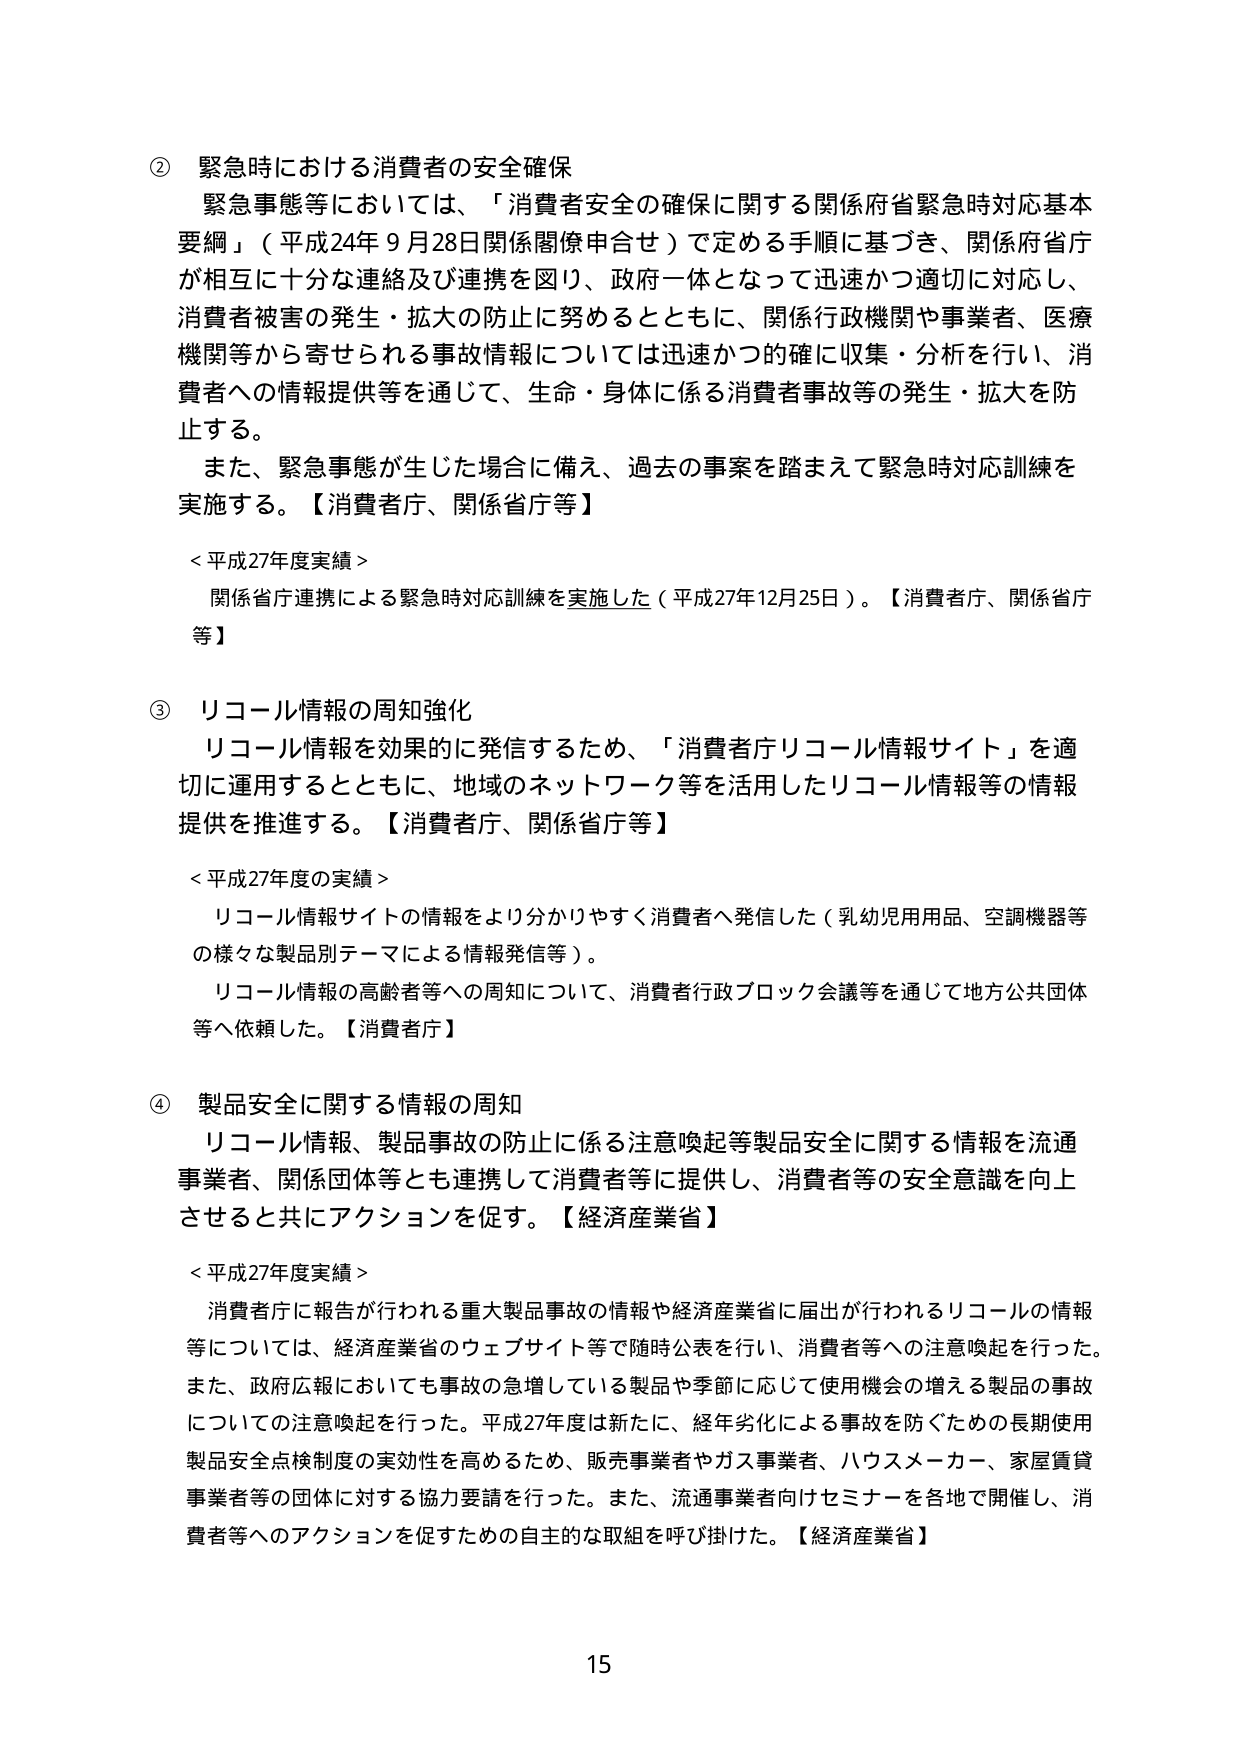
② 緊急時における消費者の安全確保
緊急事態等においては、「消費者安全の確保に関する関係府省緊急時対応基本要綱」（平成24年9月28日関係閣僚申合せ）で定める手順に基づき、関係府省庁が相互に十分な連絡及び連携を図り、政府一体となって迅速かつ適切に対応し、消費者被害の発生・拡大の防止に努めるとともに、関係行政機関や事業者、医療機関等から寄せられる事故情報については迅速かつ的確に収集・分析を行い、消費者への情報提供等を通じて、生命・身体に係る消費者事故等の発生・拡大を防止する。
また、緊急事態が生じた場合に備え、過去の事案を踏まえて緊急時対応訓練を実施する。【消費者庁、関係省庁等】

＜平成27年度実績＞
関係省庁連携による緊急時対応訓練を実施した（平成27年12月25日）。【消費者庁、関係省庁等】

③ リコール情報の周知強化
リコール情報を効果的に発信するため、「消費者庁リコール情報サイト」を適切に運用するとともに、地域のネットワーク等を活用したリコール情報等の情報提供を推進する。【消費者庁、関係省庁等】

＜平成27年度の実績＞
リコール情報サイトの情報をより分かりやすく消費者へ発信した（乳幼児用品、空調機器等の様々な製品別テーマによる情報発信等）。
リコール情報の高齢者等への周知について、消費者行政ブロック会議等を通じて地方公共団体等へ依頼した。【消費者庁】

④ 製品安全に関する情報の周知
リコール情報、製品事故の防止に係る注意喚起等製品安全に関する情報を流通事業者、関係団体等とも連携して消費者等に提供し、消費者等の安全意識を向上させると共にアクションを促す。【経済産業省】

＜平成27年度実績＞
消費者庁に報告が行われる重大製品事故の情報や経済産業省に届出が行われるリコールの情報等については、経済産業省のウェブサイト等で随時公表を行い、消費者等への注意喚起を行った。また、政府広報においても事故の急増している製品や季節に応じて使用機会の増える製品の事故についての注意喚起を行った。平成27年度は新たに、経年劣化による事故を防ぐための長期使用製品安全点検制度の実効性を高めるため、販売事業者やガス事業者、ハウスメーカー、家屋賃貸事業者等の団体に対する協力要請を行った。また、流通事業者向けセミナーを各地で開催し、消費者等へのアクションを促すための自主的な取組を呼び掛けた。【経済産業省】

15